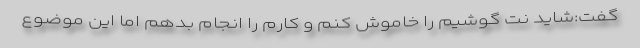
گفت:‌شاید نت گوشیم را خاموش کنم و کارم را انجام بدهم اما این موضوع